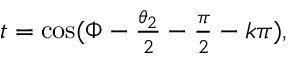
\begin{array} { r } { t = \cos ( \Phi - \frac { \theta _ { 2 } } { 2 } - \frac { \pi } { 2 } - k \pi ) , } \end{array}